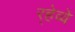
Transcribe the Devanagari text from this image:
र्‍हेव्वे